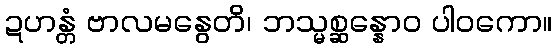
ဍဟန္တံ ဗာလမနွေတိ၊ ဘသ္မစ္ဆန္နောဝ ပါဝကော။